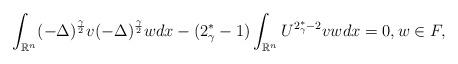
LaTeX: \begin{align*}\displaystyle\int_{\mathbb{R}^n}(- \Delta)^{\frac{\gamma}{2}}v(- \Delta)^{\frac{\gamma}{2}}wdx -(2^*_\gamma - 1)\displaystyle\int_{\mathbb{R}^n}U^{2^*_\gamma - 2}vwdx = 0,w\in F,\end{align*}